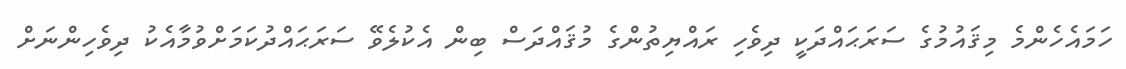
ހަމައެހެންމެ މިޤައުމުގެ ސަރަޙައްދަކީ ދިވެހި ރައްޔިތުންގެ މުޤައްދަސް ބިން އެކުލެވޭ ސަރަޙައްދުކަމަށްވުމާއެކު ދިވެހިންނަށް